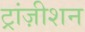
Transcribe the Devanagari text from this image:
ट्रांज़ीशन